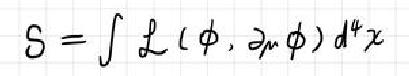
S = \int \mathcal{L}(\phi,\partial_{\mu}\phi)d^{4}x